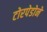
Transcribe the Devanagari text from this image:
टोरपेडोने